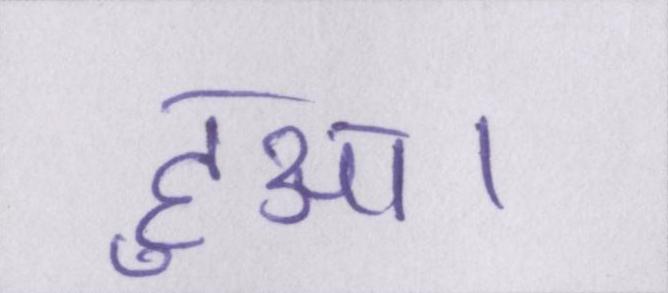
हुआ।